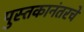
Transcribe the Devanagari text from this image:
पुस्तकानंतरचे